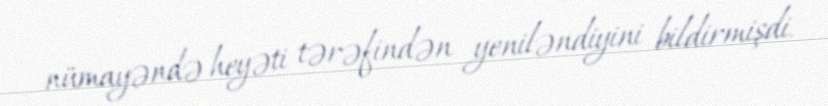
nümayəndə heyəti tərəfindən yeniləndiyini bildirmişdi.